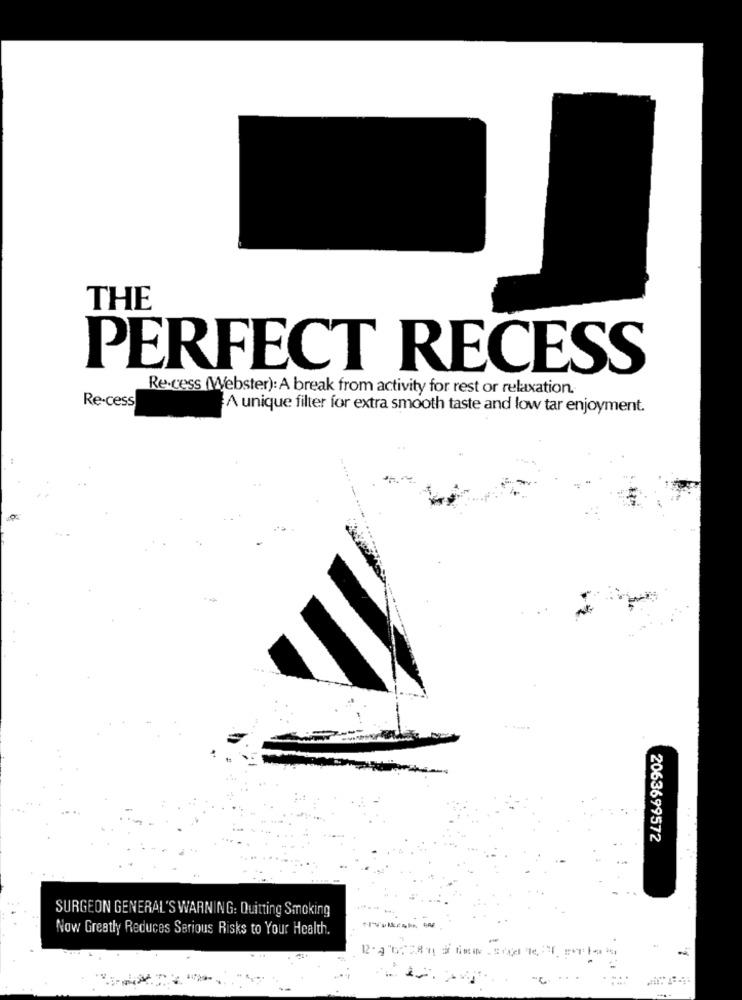
THE
PERFECT RECESS
Re.cess (Webster): A break from activity for rest or relaxation.
Re-cess
A unique filter for extra smooth taste and low tar enjoyment.
2063699572
SURGEON GENERAL'S WARNING: Quitting Smoking
Now Greatly Reduces Serious Risks to Your Health.